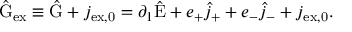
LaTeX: \hat { \mathrm { G } } _ { \mathrm { e x } } \equiv \hat { \mathrm { G } } + j _ { \mathrm { e x , 0 } } = \partial _ { 1 } \hat { \mathrm { E } } + e _ { + } \hat { j } _ { + } + e _ { - } \hat { j } _ { - } + j _ { \mathrm { e x , 0 } } .